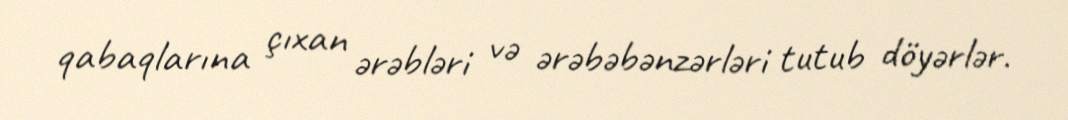
qabaqlarına çıxan ərəbləri və ərəbəbənzərləri tutub döyərlər.